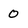
Character: 0